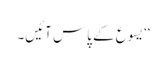
‘‘ یسوع کے پاس آئیں۔